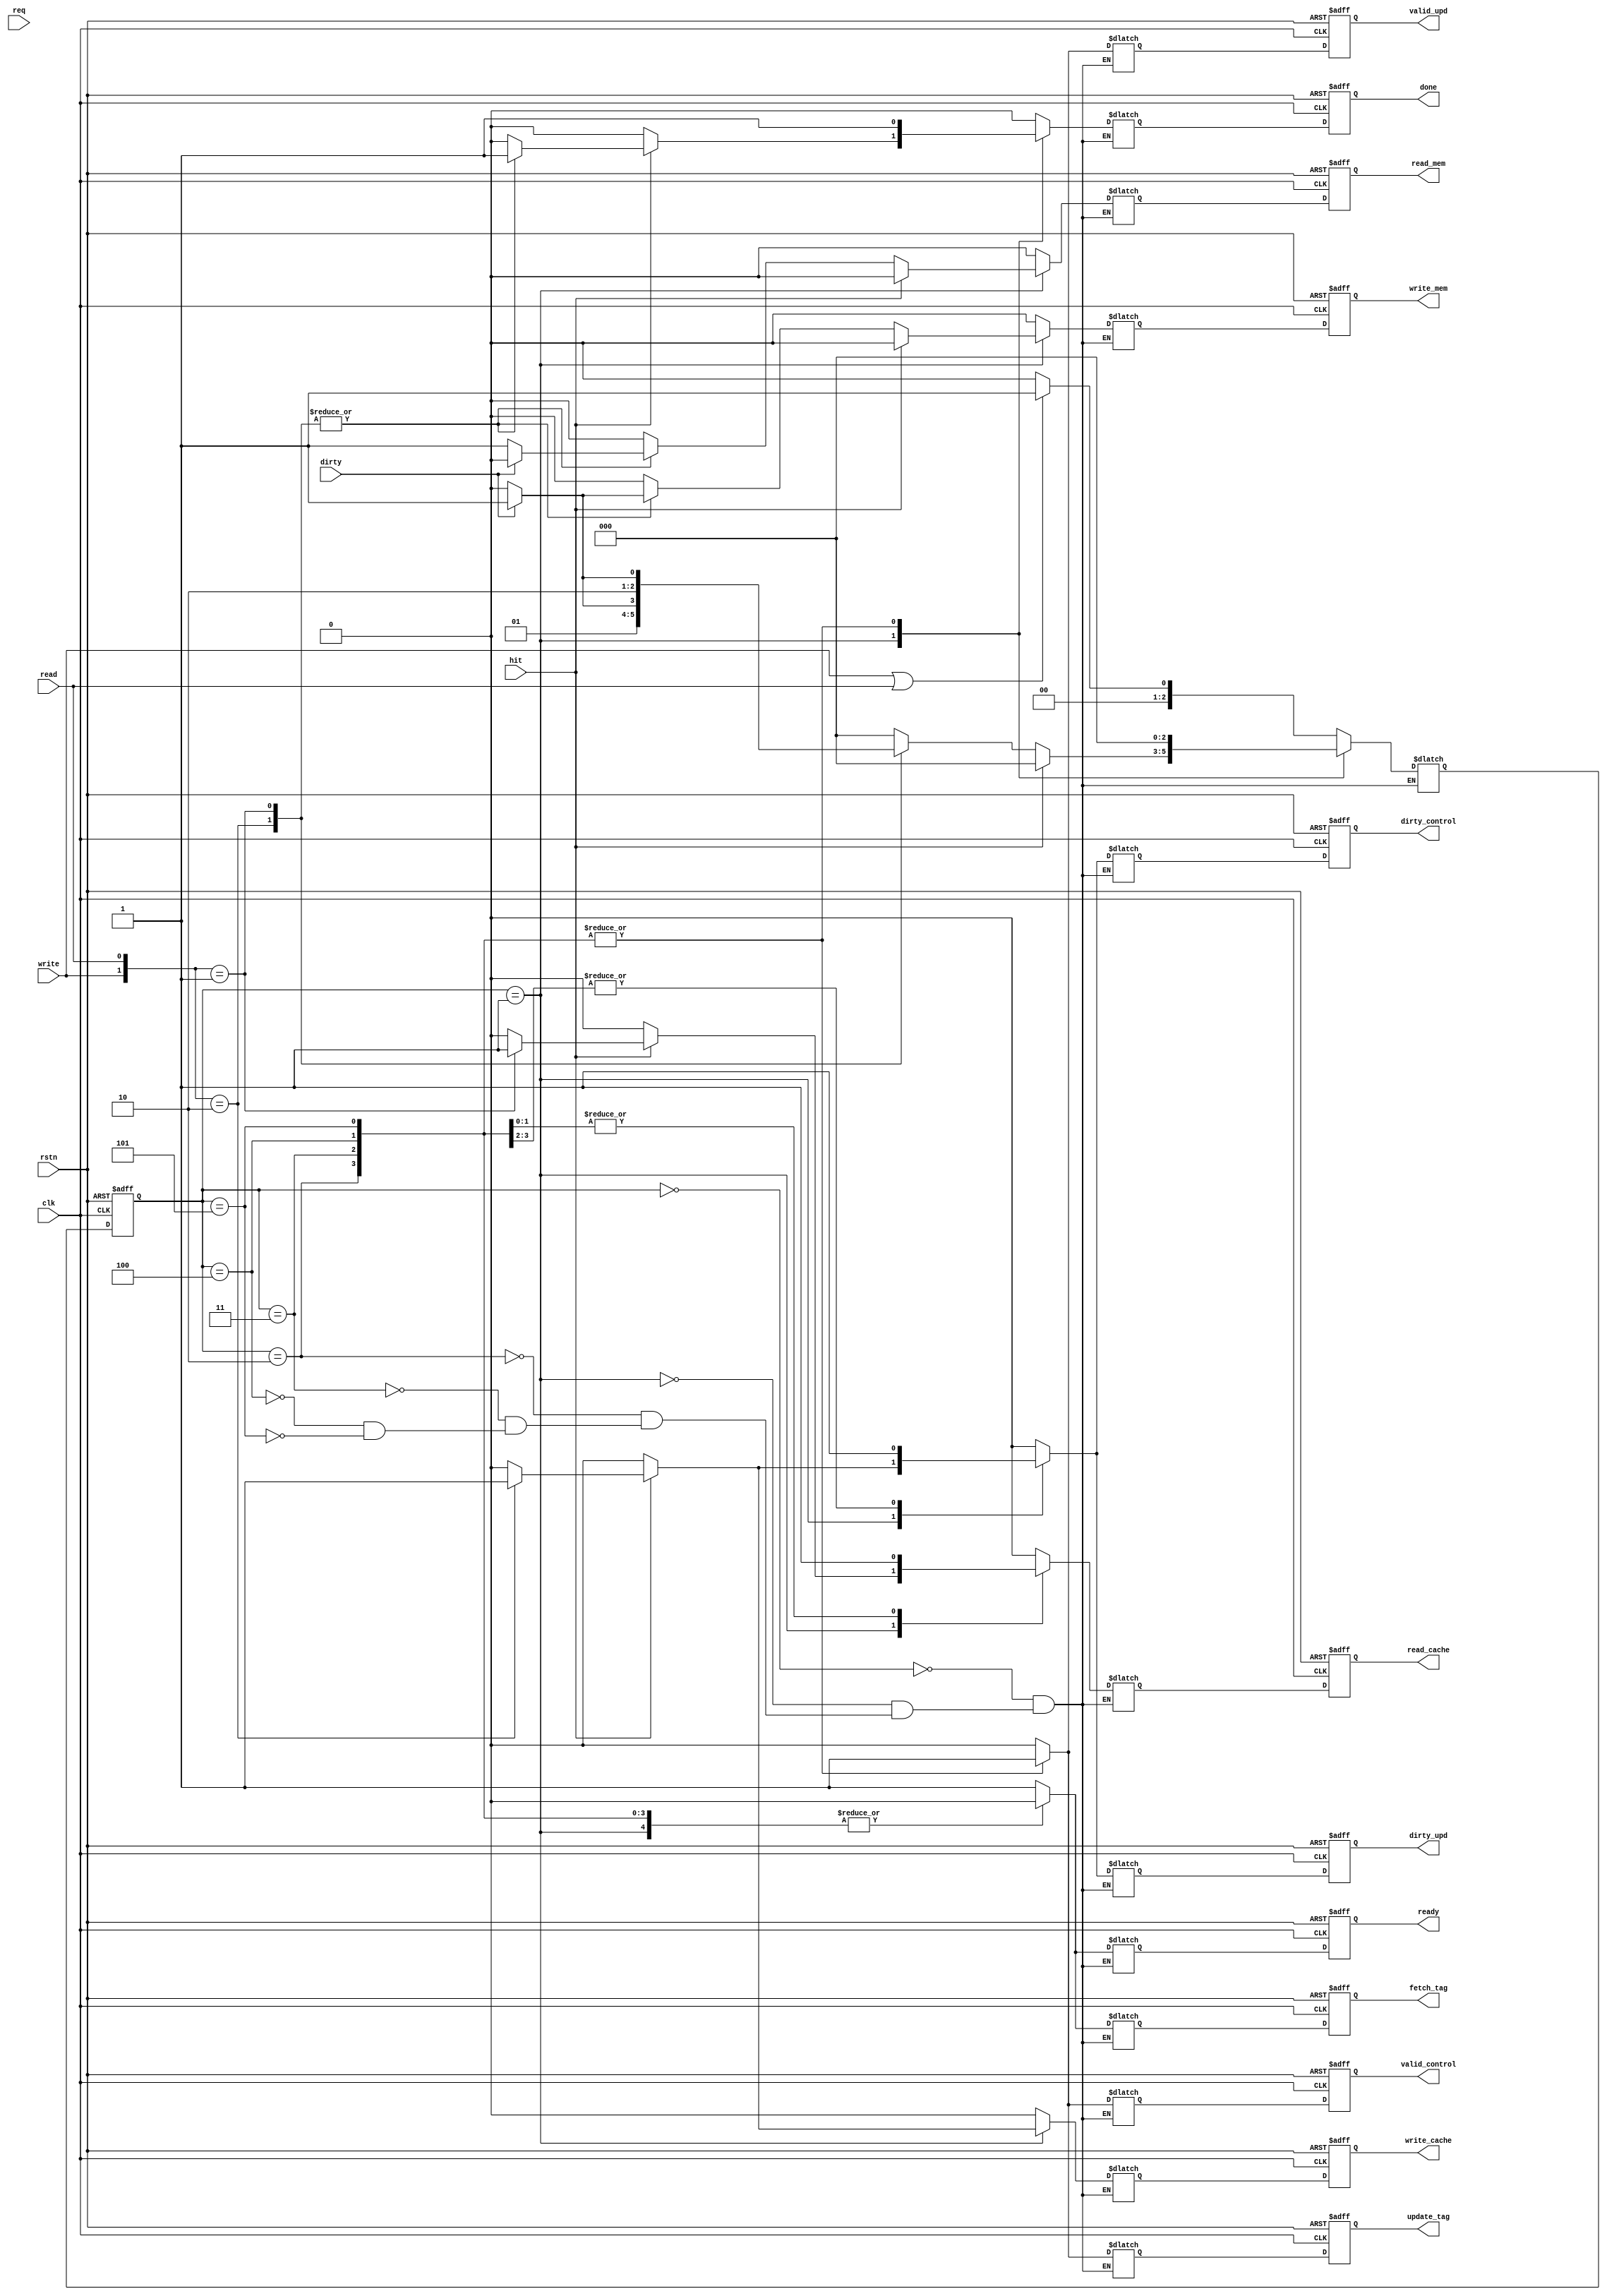

module cache_controller(
   input wire clk,
	input wire rstn,
	input wire write, // write enable from cpu
	input wire read,  // read enable from cpu
	output reg write_cache, //write enable for "write to" cache from cpu request
	output reg read_cache, //read enable for "read from" cache to cpu request
	output reg update_tag,
	output reg fetch_tag,
	input wire dirty,
	input wire req,   //request for mem access (write or read) from cpu
	input wire hit,   
	output reg write_mem,  //update to mem from cache
	output reg read_mem,   //update from mem to cache
	output reg valid_control,
	output reg valid_upd,
	output reg dirty_control,
	output reg dirty_upd,
	output reg ready,
	output reg done
);

  parameter IDLE              = 3'b000;
  parameter COMPARE_TAG       = 3'b001;
  parameter WRITE_MISS        = 3'b010;
  parameter WRITE_MISS_DIRTY  = 3'b011;
  parameter READ_MISS         = 3'b100;
  parameter READ_MISS_DIRTY   = 3'b101;
  parameter WRITE_BACK        = 3'b110;
//  parameter ALLOCATE          = 4'b0111;
  //parameter EVICTION    = 'b1000;
  
  reg [2:0] current_state;
  reg [2:0] next_state;
  
//  reg in_progress;
  reg n_write_mem;
  reg n_read_mem;
  reg n_write_cache ;
  reg n_read_cache;
  reg n_valid_control;
  reg n_valid_upd;
  reg n_dirty_control;
  reg n_dirty_upd;
  reg n_ready;
  reg n_update_tag;
  reg n_fetch_tag;
  reg n_done;
//  reg n_evict;
//  reg n_writeback;  
 
///*  
  always@(posedge clk or negedge rstn) begin
     if(!rstn) begin
	     current_state   <= IDLE;
        write_mem       <= 'b0;
        read_mem        <= 'b0;
        write_cache     <= 'b0;
        read_cache      <= 'b0;
        valid_control   <= 'b0;
        valid_upd       <= 'b0;
        dirty_control   <= 'b0;
        dirty_upd       <= 'b0;
        ready           <= 'b0;
	     update_tag      <= 'b0;
		  fetch_tag       <= 'b0;
		  done            <= 'h0;
	  end 
	  else begin
	     current_state   <= next_state;
        write_mem       <= n_write_mem;
        read_mem        <= n_read_mem;
        write_cache     <= n_write_cache;
        read_cache      <= n_read_cache;
        valid_control   <= n_valid_control;
        valid_upd       <= n_valid_upd;
        dirty_control   <= n_dirty_control;
        dirty_upd       <= n_dirty_upd;
        ready           <= n_ready;		  
	     update_tag      <= n_update_tag;
		  fetch_tag       <= n_fetch_tag;
		  done            <= n_done;
	  end
  end
//*/
/*  
  always@* begin
	  current_state   = next_state;
	  write_mem       = n_write_mem;
	  read_mem        = n_read_mem;
	  write_cache     = n_write_cache;
	  read_cache      = n_read_cache;
	  valid_control   = n_valid_control;
	  valid_upd       = n_valid_upd;
	  dirty_control   = n_dirty_control;
	  dirty_upd       = n_dirty_upd;
	  ready           = n_ready;		  
	  update_tag      = n_update_tag;
	  fetch_tag       = n_fetch_tag;
	  done            = n_done;
  end
*/
  always@* begin
     //$display("read_mem = %b",n_read_mem);
     case(current_state)
	     IDLE: begin
		     $display("cycle:",$time," IDLE");
//         valid control signals
           n_dirty_control   = 'b0;
           n_dirty_upd       = 'b0;
//         valid control signals
           n_valid_control   = 'b0;
           n_valid_upd       = 'b0;
//         main memory control signals			  
           n_write_mem       = 'b0;
           n_read_mem        = 'b0;
//         cache data block control signals
           n_write_cache     = 'b0;
           n_read_cache      = 'b0;
//         tag block control signals			  
	        n_update_tag      = 'b0;
		     n_fetch_tag       = 'b1;
//         CPU polling signals			  
           n_ready           = 'b1;
			  n_done            = 'b0;
//           n_evict           = 'b0;//NYST
//           n_writeback       = 'b0;//NYST
			  if(write||read) begin //request from computer and assertion of write/read
			     //$display("cycle:",$time," CPU request for memory access");
			     next_state = COMPARE_TAG;
			  end
			  else begin
              //$display("cycle:",$time," Cache idling in loop...");			  
			     next_state = IDLE;
			  end
		  end
	     COMPARE_TAG: begin
		     //$display("cycle:",$time," Comparing tag and fetch/update...");
			  $display("cycle:",$time," COMPARE_TAG");
           if(hit) begin// hit cases
			     case({write,read})
				     'b10: begin
						  $display("cycle:",$time," WRITE_HIT");
			//         valid control signals
						  n_dirty_control   = 'b1;// Set valid since write new data to the cache line to 
						  n_dirty_upd       = 'b1;// indicated latest modification not write back yet to memory
			//         valid control signals
						  n_valid_control   = 'b0;
						  n_valid_upd       = 'b0;
			//         main memory control signals			  
						  n_write_mem       = 'b0;
						  n_read_mem        = 'b0;
			//         cache data block control signals
						  n_write_cache     = 'b1;// Write to cache new data 
						  n_read_cache      = 'b0;
			//         tag block control signals			  
						  n_update_tag      = 'b0;
						  n_fetch_tag       = 'b0;
			//         CPU polling signals			  
						  n_ready           = 'b0;
						  n_done            = 'b1;
			//           n_evict           = 'b0;//NYST
			//           n_writeback       = 'b0;//NYST						  
			           next_state      = IDLE;
					  end
				     'b01: begin
						  $display("cycle:",$time," READ_HIT");
			//         valid control signals
						  n_dirty_control   = 'b0; 
						  n_dirty_upd       = 'b0;
			//         valid control signals
						  n_valid_control   = 'b0;
						  n_valid_upd       = 'b0;
			//         main memory control signals			  
						  n_write_mem       = 'b0;
						  n_read_mem        = 'b0;
			//         cache data block control signals
						  n_write_cache     = 'b0; 
						  n_read_cache      = 'b1;// read data from cache to cpu
			//         tag block control signals			  
						  n_update_tag      = 'b0;
						  n_fetch_tag       = 'b0;
			//         CPU polling signals			  
						  n_ready           = 'b0;
						  n_done            = 'b1;
			//           n_evict           = 'b0;//NYST
			//           n_writeback       = 'b0;//NYST							  
						  next_state      = IDLE;
					     //$display("cycle:",$time," Read hit, cache line is dirty or not -> read out data");				  
					  end
                 default: begin
						  $display("cycle:",$time," NO_WR_RD");
			//         valid control signals
						  n_dirty_control   = 'b0; 
						  n_dirty_upd       = 'b0;
			//         valid control signals
						  n_valid_control   = 'b0;
						  n_valid_upd       = 'b0;
			//         main memory control signals			  
						  n_write_mem       = 'b0;
						  n_read_mem        = 'b0;
			//         cache data block control signals
						  n_write_cache     = 'b0; 
						  n_read_cache      = 'b0;
			//         tag block control signals			  
						  n_update_tag      = 'b0;
						  n_fetch_tag       = 'b0;
			//         CPU polling signals			  
						  n_ready           = 'b0;
						  n_done            = 'b0;
			//           n_evict           = 'b0;//NYST
			//           n_writeback       = 'b0;//NYST									  
						  next_state      = IDLE;
					  end
				  endcase
			  end
			  else begin //miss cases
			     case({write,read})
				     'b10: begin
					     if(dirty) begin
						     $display("cycle:",$time," WRITE_MISS and cache is DIRTY");
				//         valid control signals
							  n_dirty_control   = 'b0; 
							  n_dirty_upd       = 'b0;
				//         valid control signals
							  n_valid_control   = 'b0;
							  n_valid_upd       = 'b0;
				//         main memory control signals			  
							  n_write_mem       = 'b1;// write back the dirty data first
							  n_read_mem        = 'b0;
				//         cache data block control signals
							  n_write_cache     = 'b0; 
							  n_read_cache      = 'b0;
				//         tag block control signals			  
							  n_update_tag      = 'b0;// dont update tag here since write back is in progress
							  n_fetch_tag       = 'b0;
				//         CPU polling signals			  
							  n_ready           = 'b0;
							  n_done            = 'b0;
				//           n_evict           = 'b0;//NYST
				//           n_writeback       = 'b0;//NYST	
						     next_state        = WRITE_MISS_DIRTY;   // first action for write miss (eviction)is writeback then fetch new data later
						  end
						  else begin
						     //$display("cycle:",$time," Write miss, Cache line is not dirty, fetch data from lower memory to cache for up-to-day data");
						     $display("cycle:",$time," WRITE_MISS and cache is CLEAN");							  
				//         valid control signals
							  n_dirty_control   = 'b0; 
							  n_dirty_upd       = 'b0;
				//         valid control signals
							  n_valid_control   = 'b0;
							  n_valid_upd       = 'b0;
				//         main memory control signals			  
							  n_write_mem       = 'b0;
							  n_read_mem        = 'b1;// fetch into cache line since no dirty and no valid
				//         cache data block control signals
							  n_write_cache     = 'b0; 
							  n_read_cache      = 'b0;
				//         tag block control signals			  
							  n_update_tag      = 'b0;
							  n_fetch_tag       = 'b0;
				//         CPU polling signals			  
							  n_ready           = 'b0;
							  n_done            = 'b0;
				//           n_evict           = 'b0;//NYST
				//           n_writeback       = 'b0;//NYST							  
						     next_state        = WRITE_MISS;   // write miss is to fetch new data
						  end
					  end
				     'b01: begin
					     if(dirty) begin	
						     $display("cycle:",$time," READ_MISS and cache is DIRTY");					  
				//         valid control signals
							  n_dirty_control   = 'b0;
							  n_dirty_upd       = 'b0;
				//         valid control signals
							  n_valid_control   = 'b0;
							  n_valid_upd       = 'b0;
				//         main memory control signals			  
							  n_write_mem       = 'b1;// write back current cache line to the main memory
							  n_read_mem        = 'b0;
				//         cache data block control signals
							  n_write_cache     = 'b0;
							  n_read_cache      = 'b0;
				//         tag block control signals			  
							  n_update_tag      = 'b0;
							  n_fetch_tag       = 'b0;
				//         CPU polling signals			  
							  n_ready           = 'b0;
							  n_done            = 'b0;
				//           n_evict           = 'b0;//NYST
				//           n_writeback       = 'b0;//NYST
						     next_state = READ_MISS_DIRTY;   // first action for write miss (eviction)is writeback then fetch new data later
						  end
						  else begin
						     $display("cycle:",$time," READ_MISS and cache is CLEAN");					  
/*
    						  n_write_mem       = 'b0;
                       n_read_mem        = 'b0;  // fetch into cache line since no dirty and no valid
                       n_write_cache     = 'b0;
                       n_read_cache      = 'b0;
                       n_valid_control   = 'b0;
                       n_valid_upd       = 'b0;
                       n_dirty_control   = 'b0;
                       n_dirty_upd       = 'b0;
                       n_ready           = 'b0;
	                    n_update_tag      = 'b1;
		                 n_fetch_tag       = 'b0;  // fetch tag for comparing
			              n_done            = 'b0;		
*/							  
				//         valid control signals
							  n_dirty_control   = 'b0; 
							  n_dirty_upd       = 'b0;
				//         valid control signals
							  n_valid_control   = 'b0;
							  n_valid_upd       = 'b0;
				//         main memory control signals			  
							  n_write_mem       = 'b0;
							  n_read_mem        = 'b1;// fetch the data to the cache 
				//         cache data block control signals
							  n_write_cache     = 'b0; 
							  n_read_cache      = 'b0;
				//         tag block control signals			  
							  n_update_tag      = 'b0;// update tag after update the miss cache tag in the mem
							  n_fetch_tag       = 'b0;
				//         CPU polling signals			  
							  n_ready           = 'b0;
							  n_done            = 'b0;
				//           n_evict           = 'b0;//NYST
				//           n_writeback       = 'b0;//NYST								  
						     next_state = READ_MISS;  					  
						  end
					  end					  
		
                 default: begin
						  $display("cycle:",$time," NO_WR_RD_DIRTY");
			//         valid control signals
						  n_dirty_control   = 'b0; 
						  n_dirty_upd       = 'b0;
			//         valid control signals
						  n_valid_control   = 'b0;
						  n_valid_upd       = 'b0;
			//         main memory control signals			  
						  n_write_mem       = 'b0;
						  n_read_mem        = 'b0;
			//         cache data block control signals
						  n_write_cache     = 'b0; 
						  n_read_cache      = 'b0;
			//         tag block control signals			  
						  n_update_tag      = 'b0;
						  n_fetch_tag       = 'b0;
			//         CPU polling signals			  
						  n_ready           = 'b0;
						  n_done            = 'b0;
			//           n_evict           = 'b0;//NYST
			//           n_writeback       = 'b0;//NYST									  
						  next_state      = IDLE;
					  end				     
				  endcase
			  end
		  end
/*
	     WRITE_HIT: begin
           $display("cycle:",$time," WRITE_HIT");
			  n_dirty_control = 'b1;
	        n_dirty_upd     = 'b1;
			  n_valid_control = 'b0;
	        n_valid_upd     = 'b0;
			  n_read_cache    = 'b0;
           n_write_cache   = 'b1;
			  n_read_mem      = 'b0;
           n_write_mem     = 'b0;
			  n_update_tag    = 'b0;
			  n_fetch_tag     = 'b0;
	        n_ready         = 'b0;
			  n_done          = 'b1;			  
			  next_state      = IDLE;
		  end
	     READ_HIT: begin
           $display("cycle:",$time," READ_HIT");
			  n_dirty_control = 'b0;
	        n_dirty_upd     = 'b0;
			  n_valid_control = 'b0;
	        n_valid_upd     = 'b0;
			  n_read_cache    = 'b1;
           n_write_cache   = 'b0;
			  n_read_mem      = 'b0;
           n_write_mem     = 'b0;
			  n_update_tag    = 'b0;
			  n_fetch_tag     = 'b0;
	        n_ready         = 'b0;
			  n_done          = 'b1;			  
			  next_state      = IDLE;
		  end		  
*/
	     WRITE_MISS: begin
		  	  //$display("cycle:",$time," fetched the new data to cache, valid is set, now write the data from cpu and set dirty bit");
			  $display("cycle:",$time," WRITE_MISS");
//         valid control signals
			  n_dirty_control   = 'b1;// data is now written into the cache line and the latest will be evict later 
			  n_dirty_upd       = 'b1;
//         valid control signals
			  n_valid_control   = 'b1;// the data is now valid 
			  n_valid_upd       = 'b1;
//         main memory control signals			  
			  n_write_mem       = 'b0;
			  n_read_mem        = 'b0;
//         cache data block control signals
			  n_write_cache     = 'b0;// write to modify the cache 
			  n_read_cache      = 'b0;
//         tag block control signals			  
			  n_update_tag      = 'b1;// update tag block since miss 
			  n_fetch_tag       = 'b0;
//         CPU polling signals			  
			  n_ready           = 'b0;
			  n_done            = 'b1;			  
			  next_state      = IDLE;
		  end
	     WRITE_MISS_DIRTY: begin
		  	  //$display("cycle:",$time," fetched the new data to cache, valid is set, now write the data from cpu and set dirty bit");
			  $display("cycle:",$time," WRITE_MISS_DIRTY");
//         valid control signals
			  n_dirty_control   = 'b1;// data is now written into the cache line and the latest will be evict later 
			  n_dirty_upd       = 'b1;
//         valid control signals
			  n_valid_control   = 'b1;// the data is now valid 
			  n_valid_upd       = 'b1;
//         main memory control signals			  
			  n_write_mem       = 'b0;
			  n_read_mem        = 'b0;
//         cache data block control signals
			  n_write_cache     = 'b0;// write to modify the cache 
			  n_read_cache      = 'b0;
//         tag block control signals			  
			  n_update_tag      = 'b1;// update tag block since miss 
			  n_fetch_tag       = 'b0;
//         CPU polling signals			  
			  n_ready           = 'b0;
			  n_done            = 'b1;			  
			  next_state      = IDLE;
		  end
	     READ_MISS: begin
			  $display("cycle:",$time," READ_MISS");
/*
			  n_dirty_control = 'b0;
	        n_dirty_upd     = 'b0;
			  n_valid_control = 'b1;
	        n_valid_upd     = 'b1;			  
			  n_read_cache    = 'b1;
           n_write_cache   = 'b0;
			  n_read_mem      = 'b0;
           n_write_mem     = 'b0;			  
			  n_update_tag    = 'b1;
			  n_fetch_tag     = 'b0;
			  n_ready         = 'b0;
			  n_done          = 'b1;
*/

//         valid control signals
			  n_dirty_control   = 'b0; 
			  n_dirty_upd       = 'b0;
//         valid control signals
			  n_valid_control   = 'b1;// the data is now valid 
			  n_valid_upd       = 'b1;
//         main memory control signals			  
			  n_write_mem       = 'b0;
			  n_read_mem        = 'b0;
//         cache data block control signals
			  n_write_cache     = 'b0; 
			  n_read_cache      = 'b1;// read from cache 
//         tag block control signals			  
			  n_update_tag      = 'b1;
			  n_fetch_tag       = 'b0;
//         CPU polling signals			  
			  n_ready           = 'b0;
			  n_done            = 'b1;			  
			  next_state      = IDLE;
		  end		 
	     READ_MISS_DIRTY: begin
			  $display("cycle:",$time," READ_MISS_DIRTY");
/*
			  n_dirty_control = 'b0;
	        n_dirty_upd     = 'b0;
			  n_valid_control = 'b1;
	        n_valid_upd     = 'b1;			  
			  n_read_cache    = 'b1;
           n_write_cache   = 'b0;
			  n_read_mem      = 'b0;
           n_write_mem     = 'b0;			  
			  n_update_tag    = 'b1;
			  n_fetch_tag     = 'b0;
			  n_ready         = 'b0;
			  n_done          = 'b1;
*/

//         valid control signals
			  n_dirty_control   = 'b0; 
			  n_dirty_upd       = 'b0;
//         valid control signals
			  n_valid_control   = 'b1;// the data is now valid 
			  n_valid_upd       = 'b1;
//         main memory control signals			  
			  n_write_mem       = 'b0;
			  n_read_mem        = 'b0;
//         cache data block control signals
			  n_write_cache     = 'b0; 
			  n_read_cache      = 'b1;// read from cache 
//         tag block control signals			  
			  n_update_tag      = 'b1;
			  n_fetch_tag       = 'b0;
//         CPU polling signals			  
			  n_ready           = 'b0;
			  n_done            = 'b1;			  
			  next_state      = IDLE;
		  end		 
	  endcase
  end


endmodule